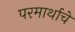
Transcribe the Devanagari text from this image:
परमार्थाचे